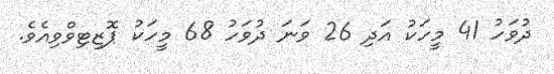
ދުވަހު 41 މީހަކު އަދި 26 ވަނަ ދުވަހު 68 މީހަކު ޕޮޒިޓިވްވިއެވެ.